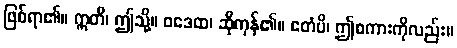
ဖြစ်ရာ၏။ ဣတိ၊ ဤသို့။ ဝဒေထ၊ ဆိုကုန်၏။ ဧတံပိ၊ ဤစကားကိုလည်း။